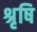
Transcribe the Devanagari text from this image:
श्रृषि